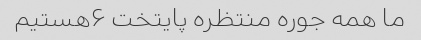
ما همه جوره منتظره پایتخت ۶هستیم